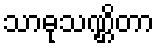
သာဓုသဏ္ဌိတာ